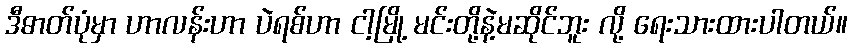
ဒီဓာတ်ပုံမှာ ဟာလန်းဟာ ပဲရစ်ဟာ ငါ့မြို့ မင်းတို့နဲ့မဆိုင်ဘူး လို့ ရေးသားထားပါတယ်။